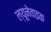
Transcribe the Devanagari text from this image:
ल्यूनेवाइक